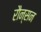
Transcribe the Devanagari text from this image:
रौन्सन